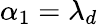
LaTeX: \alpha_{1}=\lambda_{d}